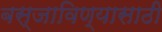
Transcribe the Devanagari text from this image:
बस्जाविण्यासाठी